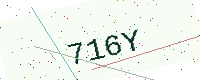
Text: 716Y